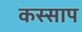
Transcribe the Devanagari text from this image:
कस्साप